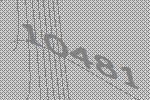
10481